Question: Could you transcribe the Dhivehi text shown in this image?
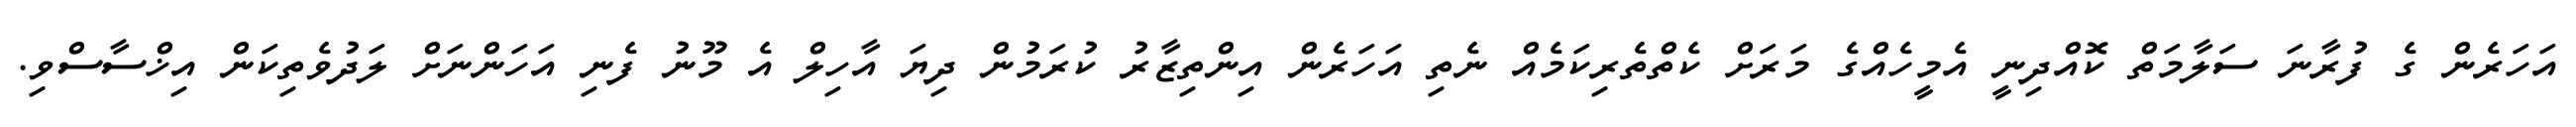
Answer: އަހަރެން ގެ ފުރާނަ ސަލާމަތް ކޮއްދިނީ އެމީހެއްގެ މަރަށް ކެތްތެރިކަމެއް ނެތި އަހަރެން އިންތިޒާރު ކުރަމުން ދިޔަ އާހިލް އެ މޫނު ފެނި އަހަންނަށް ލަދުވެތިކަން އިޚްސާސްވި.